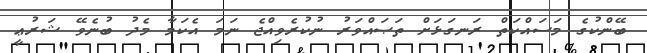
ބޭންކުގެ މަސައްކަތް ރަނގަޅަށް ތަޞައްވަރު ނުކުރެވިއްޖެ ނަމަ އެކަމާ މެދު ބުނެވޭ ޝަރުޢީ